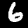
Label: 6